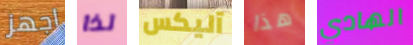
اجهز لذا آليكس هذا الهادي